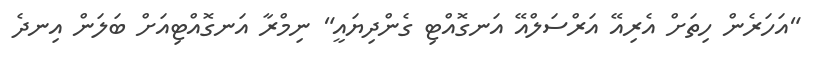
"އަހަރެން ހިތަށް އެރިއޭ އަރްސަލްއޭ އަނގޮއްޓި ގެންދިޔައީ" ނިމްރާ އަނގޮއްޓިއަށް ބަލަން އިނދެ